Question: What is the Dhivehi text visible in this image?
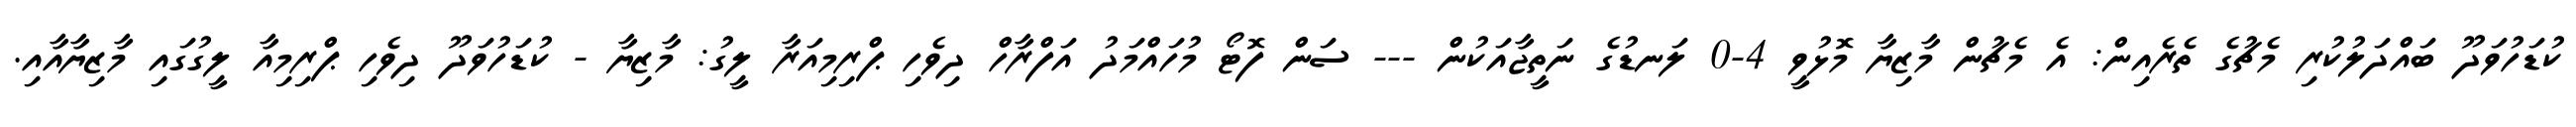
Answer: ކުޑަހުވަދޫ ބައްދަލުކުރި މެޗުގެ ތެރެއިން: އެ މެޗުން މާޒިޔާ މޮޅުވީ 4-0 ލަނޑުގެ ނަތީޖާއަކުން --- ސަން ފޮޓޯ މުހައްމަދު އަފްރާހް ދިވެހި ޕްރިމިއަރާ ލީގު: މާޒިޔާ - ކުޑަހުވަދޫ ދިވެހި ޕްރިމިއާ ލީގުގައި މާޒިޔާއާއި.